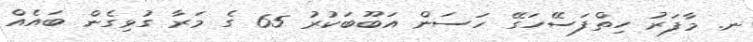
ނ. މާފަރު ހިތްފަސޭހަގޭ ހަސަން އަބޫބަކުރު 65 ގެ މަރާ ގުޅިގެން ބައެއް